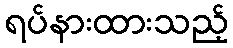
ရပ်နားထားသည့်